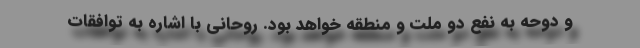
و دوحه به نفع دو ملت و منطقه خواهد بود. روحانی با اشاره به توافقات